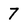
Character: 7